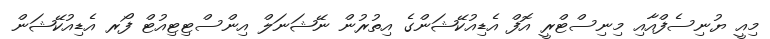
މިއީ ޔުނިސެފްއާއި މިނިސްޓްރީ އޮފް އެޑިއުކޭޝަންގެ އިތުރުން ނޭޝަނަލް އިންސްޓިޓިއުޓް ފޯރ އެޑިއުކޭޝަން